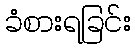
ခံစားရခြင်း